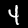
Digit: 4